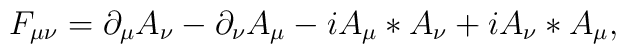
F_{\mu \nu} = \partial_{\mu} A_{\nu} - \partial_{\nu} A_{\mu} - i A_{\mu} \ast A_{\nu} + i A_{\nu} \ast A_{\mu},